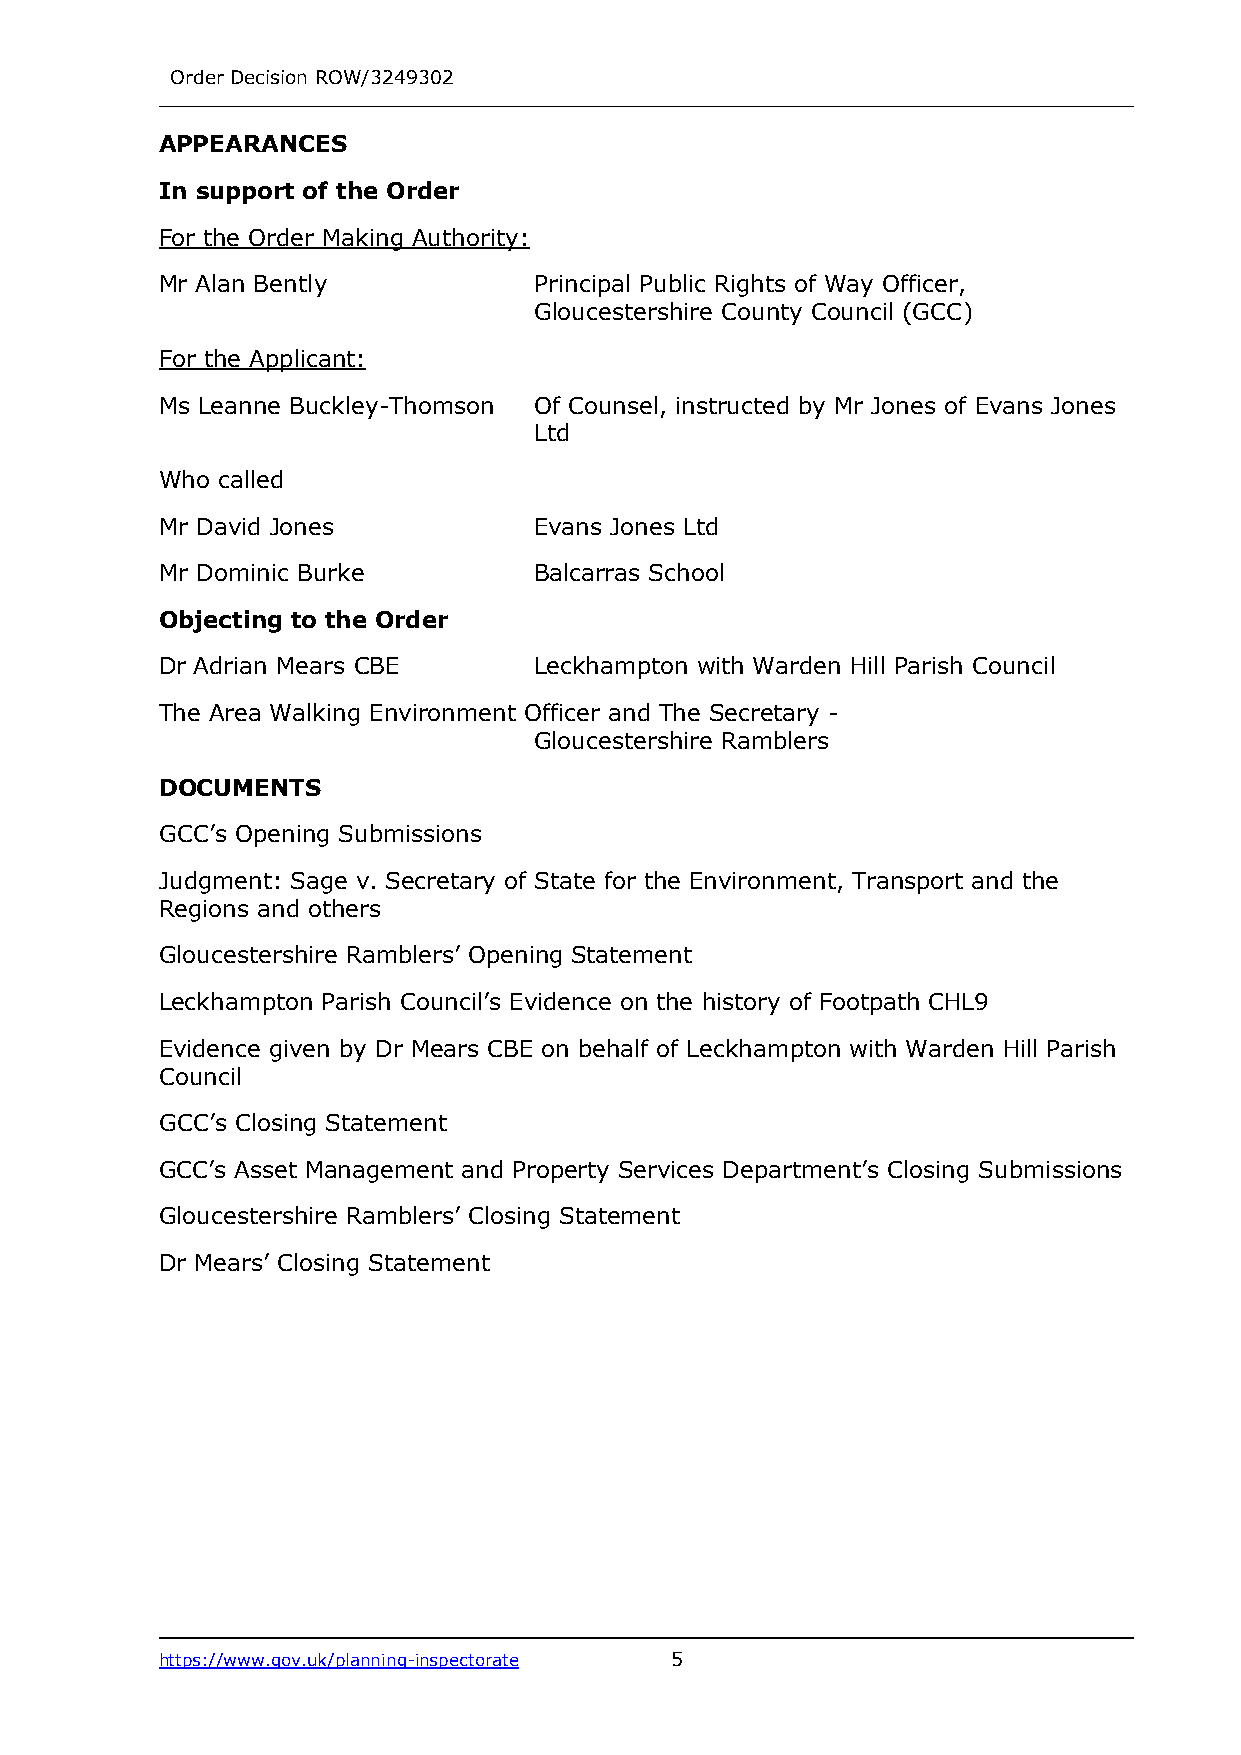
Order Decision ROW/3249302
 APPEARANCES
 In support of the Order
 For the Order Making Authority:
 Mr Alan Bently          Principal Public Rights of Way Officer,
 Gloucestershire County Council (GCC)
 For the Applicant:
 Ms Leanne Buckley-Thomson Of Counsel, instructed by Mr Jones of Evans Jones
 Ltd
 Who called
 Mr David Jones          Evans Jones Ltd
 Mr Dominic Burke        Balcarras School
 Objecting to the Order
 Dr Adrian Mears CBE     Leckhampton with Warden Hill Parish Council
 The Area Walking Environment Officer and The Secretary -
 Gloucestershire Ramblers
 DOCUMENTS
 GCC’s Opening Submissions
 Judgment: Sage v. Secretary of State for the Environment, Transport and the
 Regions and others
 Gloucestershire Ramblers’ Opening Statement
 Leckhampton Parish Council’s Evidence on the history of Footpath CHL9
 Evidence given by Dr Mears CBE on behalf of Leckhampton with Warden Hill Parish
 Council
 GCC’s Closing Statement
 GCC’s Asset Management and Property Services Department’s Closing Submissions
 Gloucestershire Ramblers’ Closing Statement
 Dr Mears’ Closing Statement
 https://www.gov.uk/planning-inspectorate 5